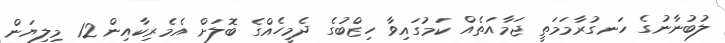
ލުބުނާނުގެ ހަނގުރާމަމަތީ ޖަމާއަތެއް ކަމުގައިވާ ހިޒްބުގެ ދެމީހެއްގެ ބޮލަށް އެމެރިކާއިން 12 މިލިޔަން